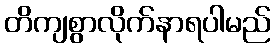
တိကျစွာလိုက်နာရပါမည်